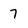
Character: 7